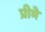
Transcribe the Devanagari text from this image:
प्रीमे